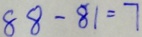
8 8 - 8 1 = 7